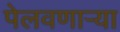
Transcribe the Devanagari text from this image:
पेलवणार्‍या